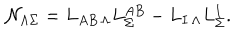
{ \cal N } _ { \Lambda \Sigma } = L _ { A B \, \Lambda } L _ { \Sigma } ^ { A B } - L _ { I \, \Lambda } L _ { \Sigma } ^ { I } .